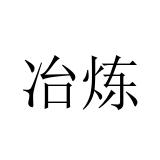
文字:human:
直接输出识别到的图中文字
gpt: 冶炼